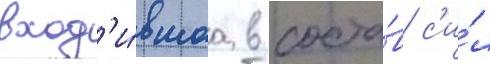
вход'и́вшаа в соста́в с'и́л